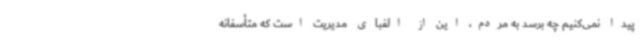
پیدا نمی‌کنیم چه برسد به مردم، این از الفبای مدیریت است که متأسفانه